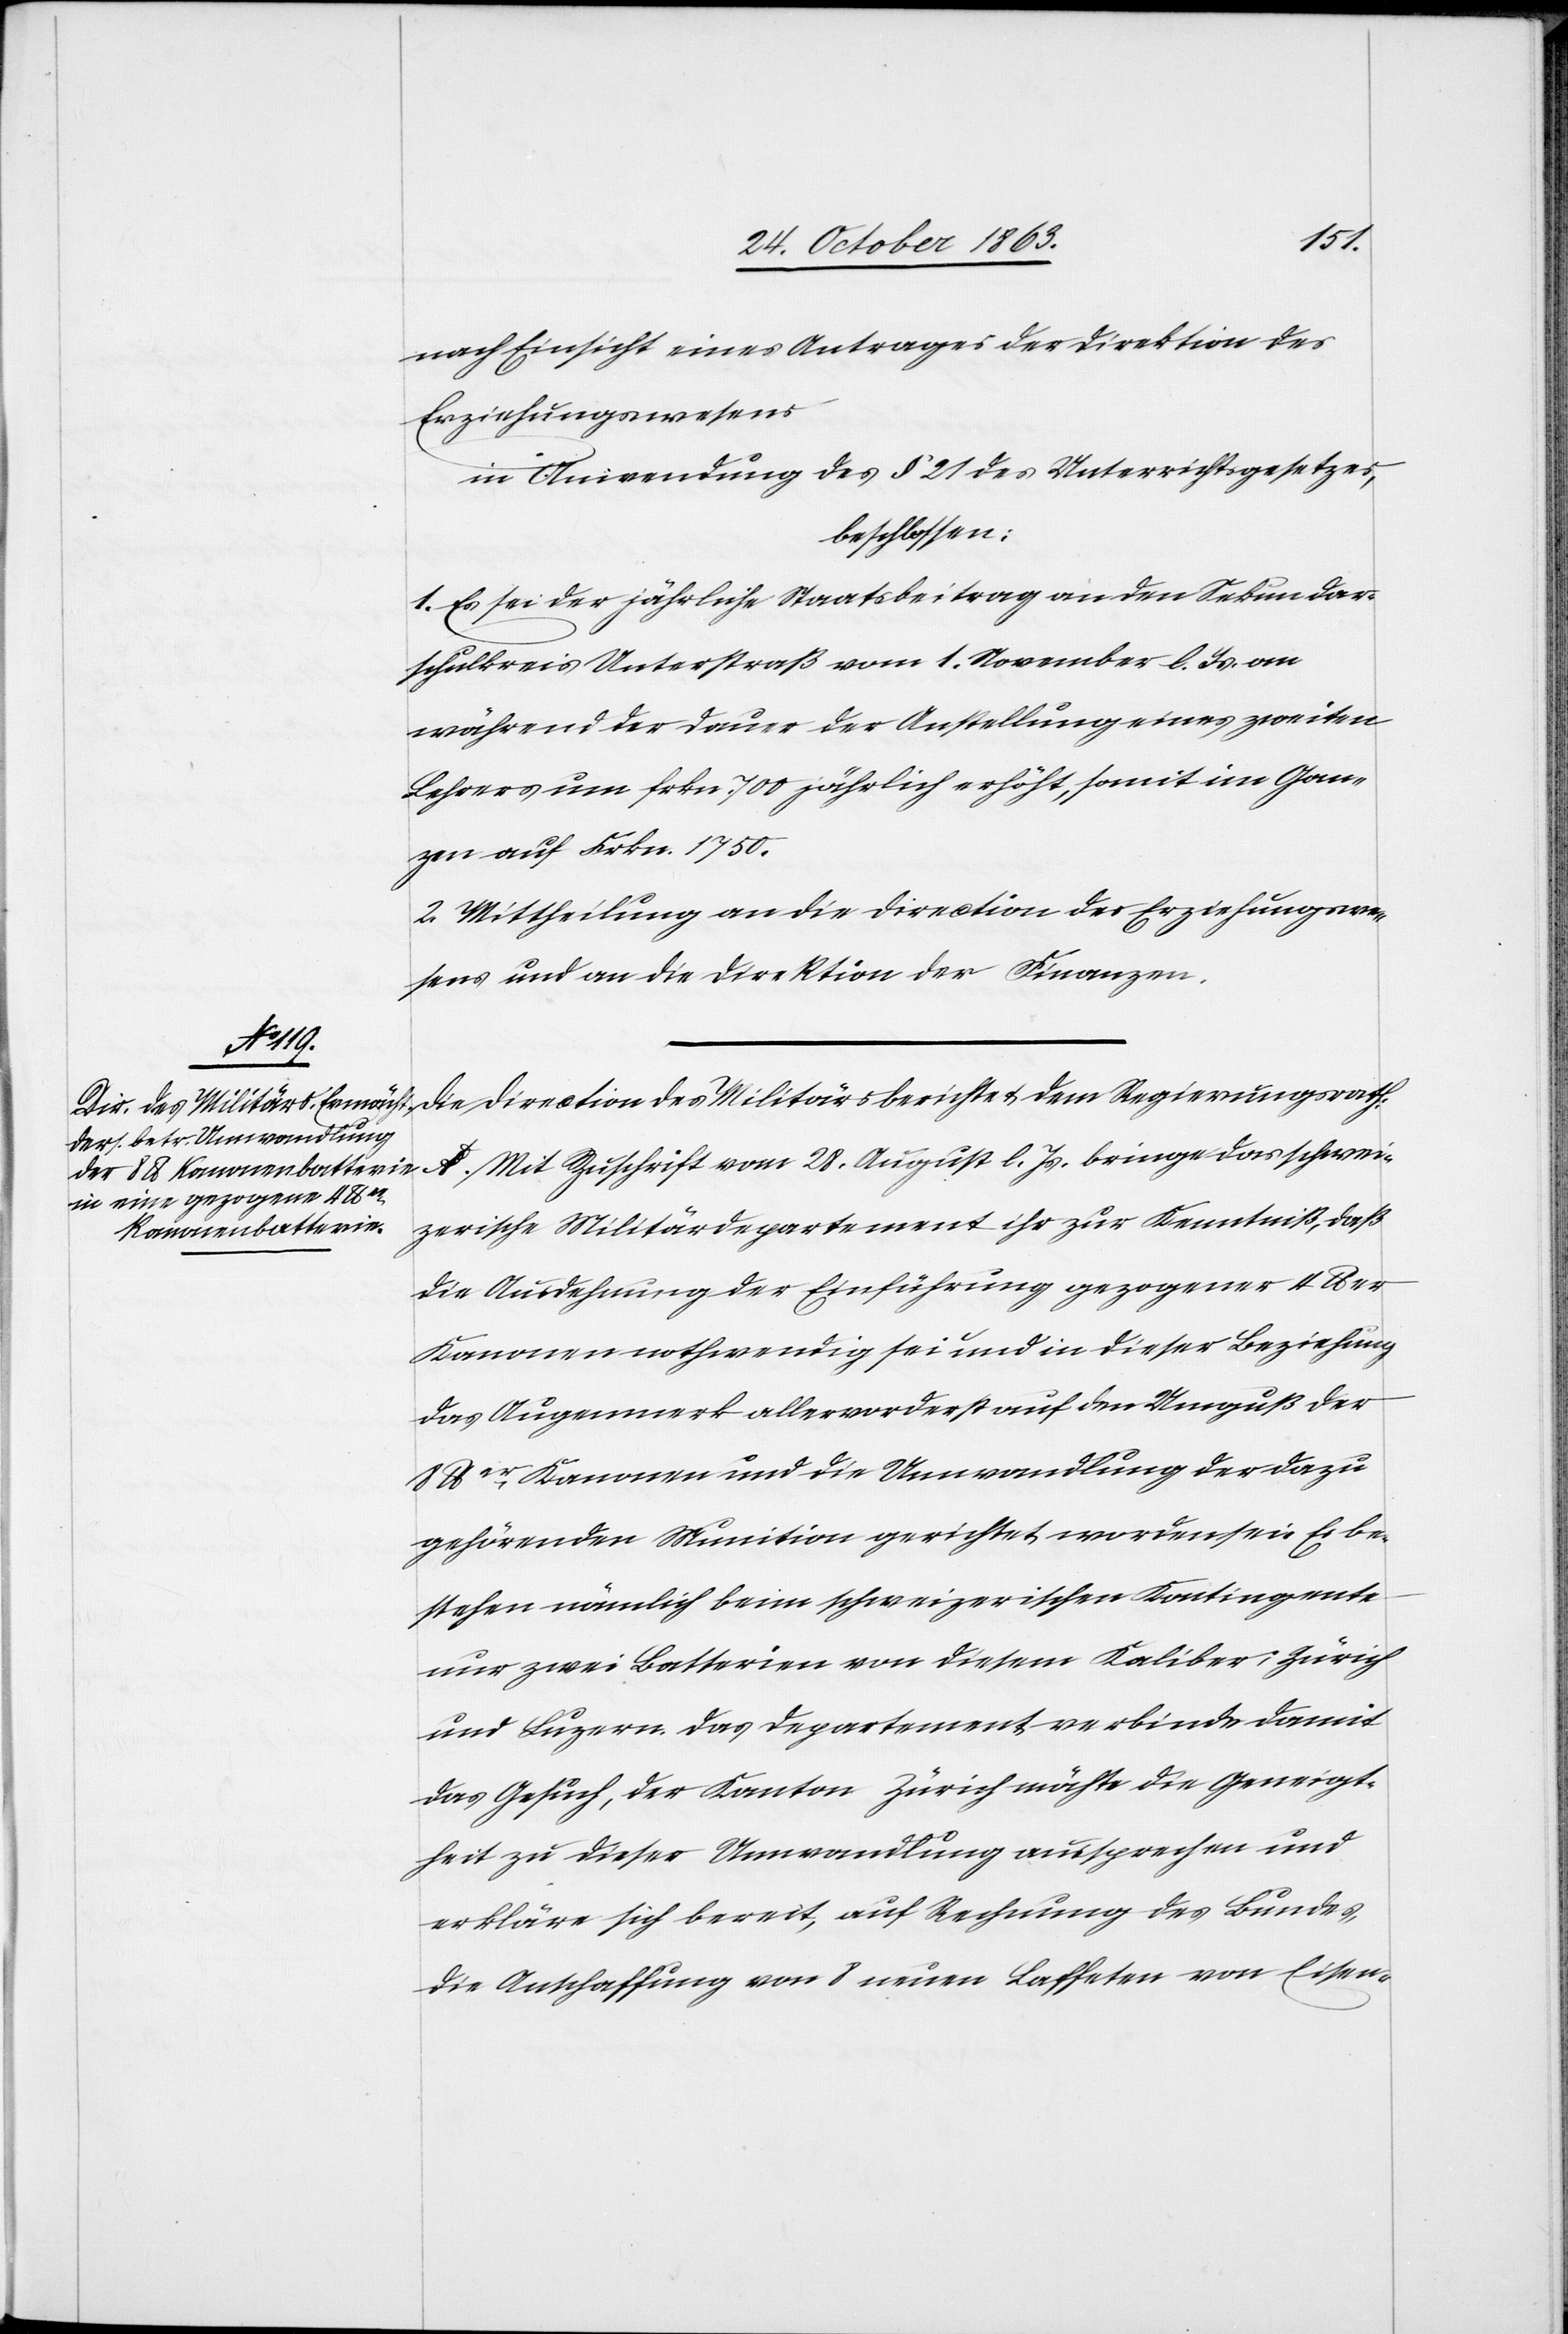
nach Einsicht eines Antrages der Direktion des
Erziehungswesens
in Anwendung des § 21 des Unterrichtsgesetzes,
beschlossen:
1. Es sei der jährliche Staatsbeitrag an den Sekundar¬
schulkreis Unterstraß vom 1. November l. Js. an
während der Dauer der Anstellung eines zweiten
Lehrers um frkn. 700 jährlich erhöht, somit im Gan¬
zen auf Frkn. 1750.
2. Mittheilung an die Direction des Erziehungswe¬
sens und an die Direktion der Finanzen.
A. Mit Zuschrift vom 28. August l. Js. bringe das schwei¬
zerische Militärdepartement ihr zur Kenntniß, daß
die Ausdehnung der Einführung gezogener 4 lber
Kanonen nothwendig sei und in dieser Beziehung
das Augenmerk allervorderst auf den Umguß der
8 lber Kanonen und die Umwandlung der dazu
gehörenden Munition gerichtet worden sei. Es be¬
stehen nämlich beim schweizerischen Kontingente
nur zwei Batterien von diesem Kaliber; Zürich
und Luzern. Das Departement verbinde damit
das Gesuch, der Kanton Zürich möchte die Geneigt¬
heit zu dieser Umwandlung aussprechen und
erkläre sich bereit, auf Rechnung des Bundes
die Anschaffung von 8 neuen Laffeten von Eisen-